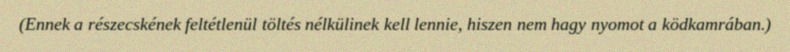
(Ennek a részecskének feltétlenül töltés nélkülinek kell lennie, hiszen nem hagy nyomot a ködkamrában.)